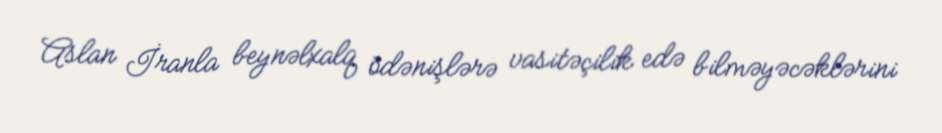
Aslan İranla beynəlxalq ödənişlərə vasitəçilik edə bilməyəcəklərini